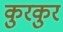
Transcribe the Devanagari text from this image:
कुरकुर